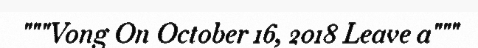
"""Vong On October 16, 2018 Leave a"""